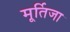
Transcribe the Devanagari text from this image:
मूर्तिजा